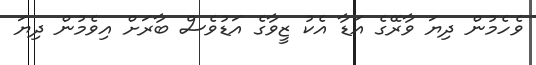
ވެހެމުން ދިޔަ ވާރޭގެ އަޑާ އެކު ޒީވާގެ އަޑުވެސް ބާރަށް އިވެމުން ދިޔަ